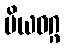
ပိယဝဂ္ဂ